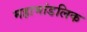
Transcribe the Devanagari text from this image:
महामांडलिक